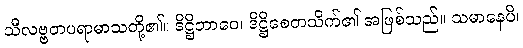
သီလဗ္ဗတပရာမာသတို့၏။ ဒိဋ္ဌိဘာဝေ၊ ဒိဋ္ဌိစေတသိက်၏ အဖြစ်သည်။ သမာနေပိ၊